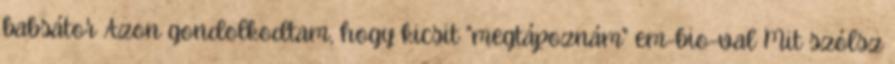
babsátor Azon gondolkodtam, hogy kicsit "megtápoznám" em-bio-val Mit szólsz